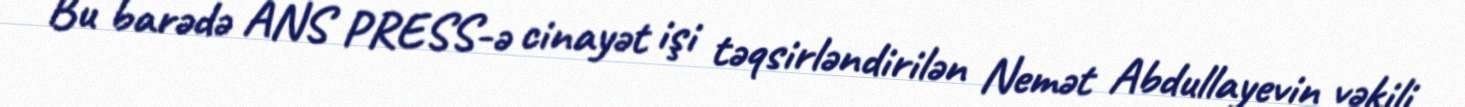
Bu barədə ANS PRESS-ə cinayət işi təqsirləndirilən Nemət Abdullayevin vəkili